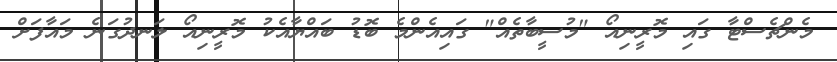
މެންޗެސްޓާ ގައި މޮރީނިއޯ "މުސީބާތެއް" ގައިއެންމެ ބޮޑު ބައްޔާއެކު މޮރީނިއޯ ލަނދުގަނެ މައާފަށް